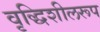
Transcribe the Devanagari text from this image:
वृद्धिशीलरूप